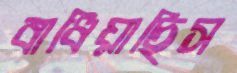
বাধিয়াছিস